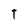
Character: t